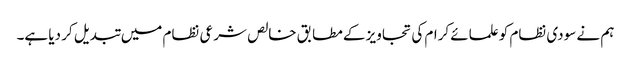
ہم نے سودی نظام کو علمائے کرام کی تجاویز کے مطابق خالص شرعی نظام میں تبدیل کر دیا ہے۔